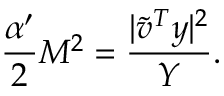
\frac { \alpha ^ { \prime } } { 2 } M ^ { 2 } = \frac { | { \tilde { v } } ^ { T } y | ^ { 2 } } { Y } .